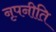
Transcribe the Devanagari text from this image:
नृपनीति